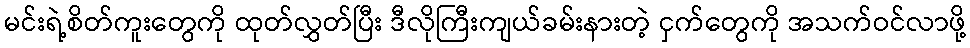
မင်းရဲ့စိတ်ကူးတွေကို ထုတ်လွှတ်ပြီး ဒီလိုကြီးကျယ်ခမ်းနားတဲ့ ငှက်တွေကို အသက်ဝင်လာဖို့